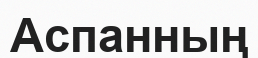
Аспанның